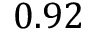
0 . 9 2